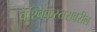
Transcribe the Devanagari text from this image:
वैश्विकस्तरावरील